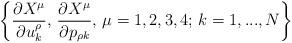
LaTeX: \begin{align*} \left\{\frac{\partial X^\mu}{\partial u^\rho_k},\,\frac{\partial X^\mu}{\partial p_{\rho k}},\,\mu=1,2,3,4;\, k=1,...,N\right\} \end{align*}